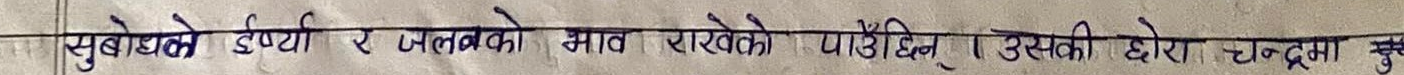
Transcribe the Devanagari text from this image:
सुबोधले इर्पया र जलवको भाव राखेको पाउँदिन् । उसकी छोरा चन्द्रमा